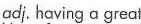
adj. having a great